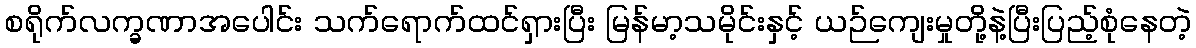
စရိုက်လက္ခဏာအပေါင်း သက်ရောက်ထင်ရှားပြီး မြန်မာ့သမိုင်းနှင့် ယဉ်ကျေးမှုတို့နဲ့ပြီးပြည့်စုံနေတဲ့